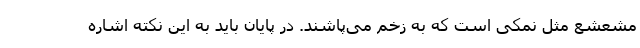
مشعشع مثل نمکی است که به زخم می‌پاشند. در پایان باید به این نکته اشاره